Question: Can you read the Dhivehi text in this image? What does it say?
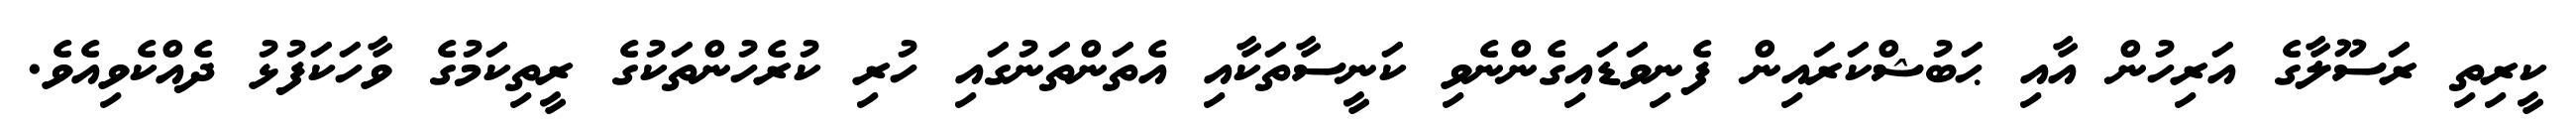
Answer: ކީރިތި ރަސޫލާގެ އަރިހުން އާއި ޙަބުޝްކަރައިން ފެނިވަޑައިގެންނެވި ކަނީސާތަކާއި އެތަންތަނުގައި ހުރި ކުރެހުންތަކުގެ ރީތިކަމުގެ ވާހަކަފުޅު ދެއްކެވިއެވެ.